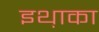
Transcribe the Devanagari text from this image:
इथ़ाका